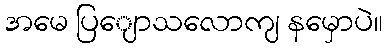
အမေ ပြျောသလောကျ နမှောပဲ။